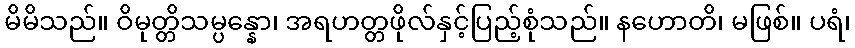
မိမိသည်။ ဝိမုတ္တိသမ္ပန္နော၊ အရဟတ္တဖိုလ်နှင့်ပြည့်စုံသည်။ နဟောတိ၊ မဖြစ်။ ပရံ၊